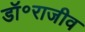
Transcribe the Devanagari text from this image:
डॉ॰राजीव